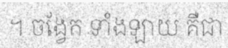
។ ចង្វែក ទាំងឡាយ គឺជា